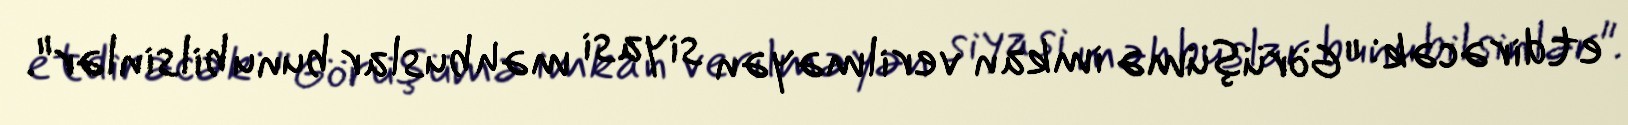
etdirəcək: "Görüşümə imkan verilməyən siyasi məhbuslar bunu bilsinlər".